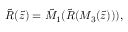
{ \tilde { R } } ( { \tilde { z } } ) = { \tilde { M } } _ { 1 } ( { \tilde { R } } ( M _ { 3 } ( { \tilde { z } } ) ) ) ,